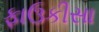
ફાઉકીસા